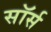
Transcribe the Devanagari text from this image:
सॉर्स